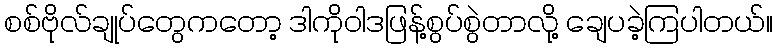
စစ်ဗိုလ်ချုပ်တွေကတော့ ဒါကိုဝါဒဖြန့်စွပ်စွဲတာလို့ ချေပခဲ့ကြပါတယ်။